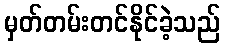
မှတ်တမ်းတင်နိုင်ခဲ့သည်